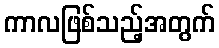
ကာလဖြစ်သည့်အတွက်